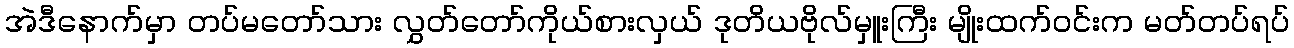
အဲဒီနောက်မှာ တပ်မတော်သား လွှတ်တော်ကိုယ်စားလှယ် ဒုတိယဗိုလ်မှူးကြီး မျိုးထက်ဝင်းက မတ်တပ်ရပ်